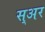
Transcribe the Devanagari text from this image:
स्अर